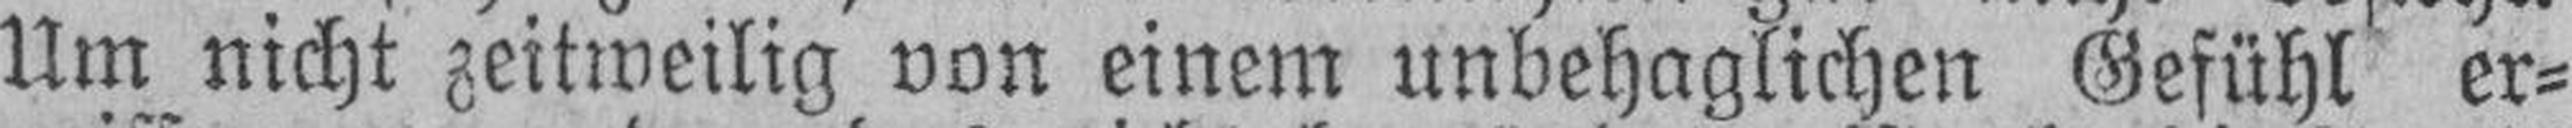
Um nicht zeitweilig von einem unbehaglichen Gefühl er¬